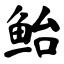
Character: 鲐